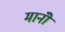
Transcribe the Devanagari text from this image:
मानोँ